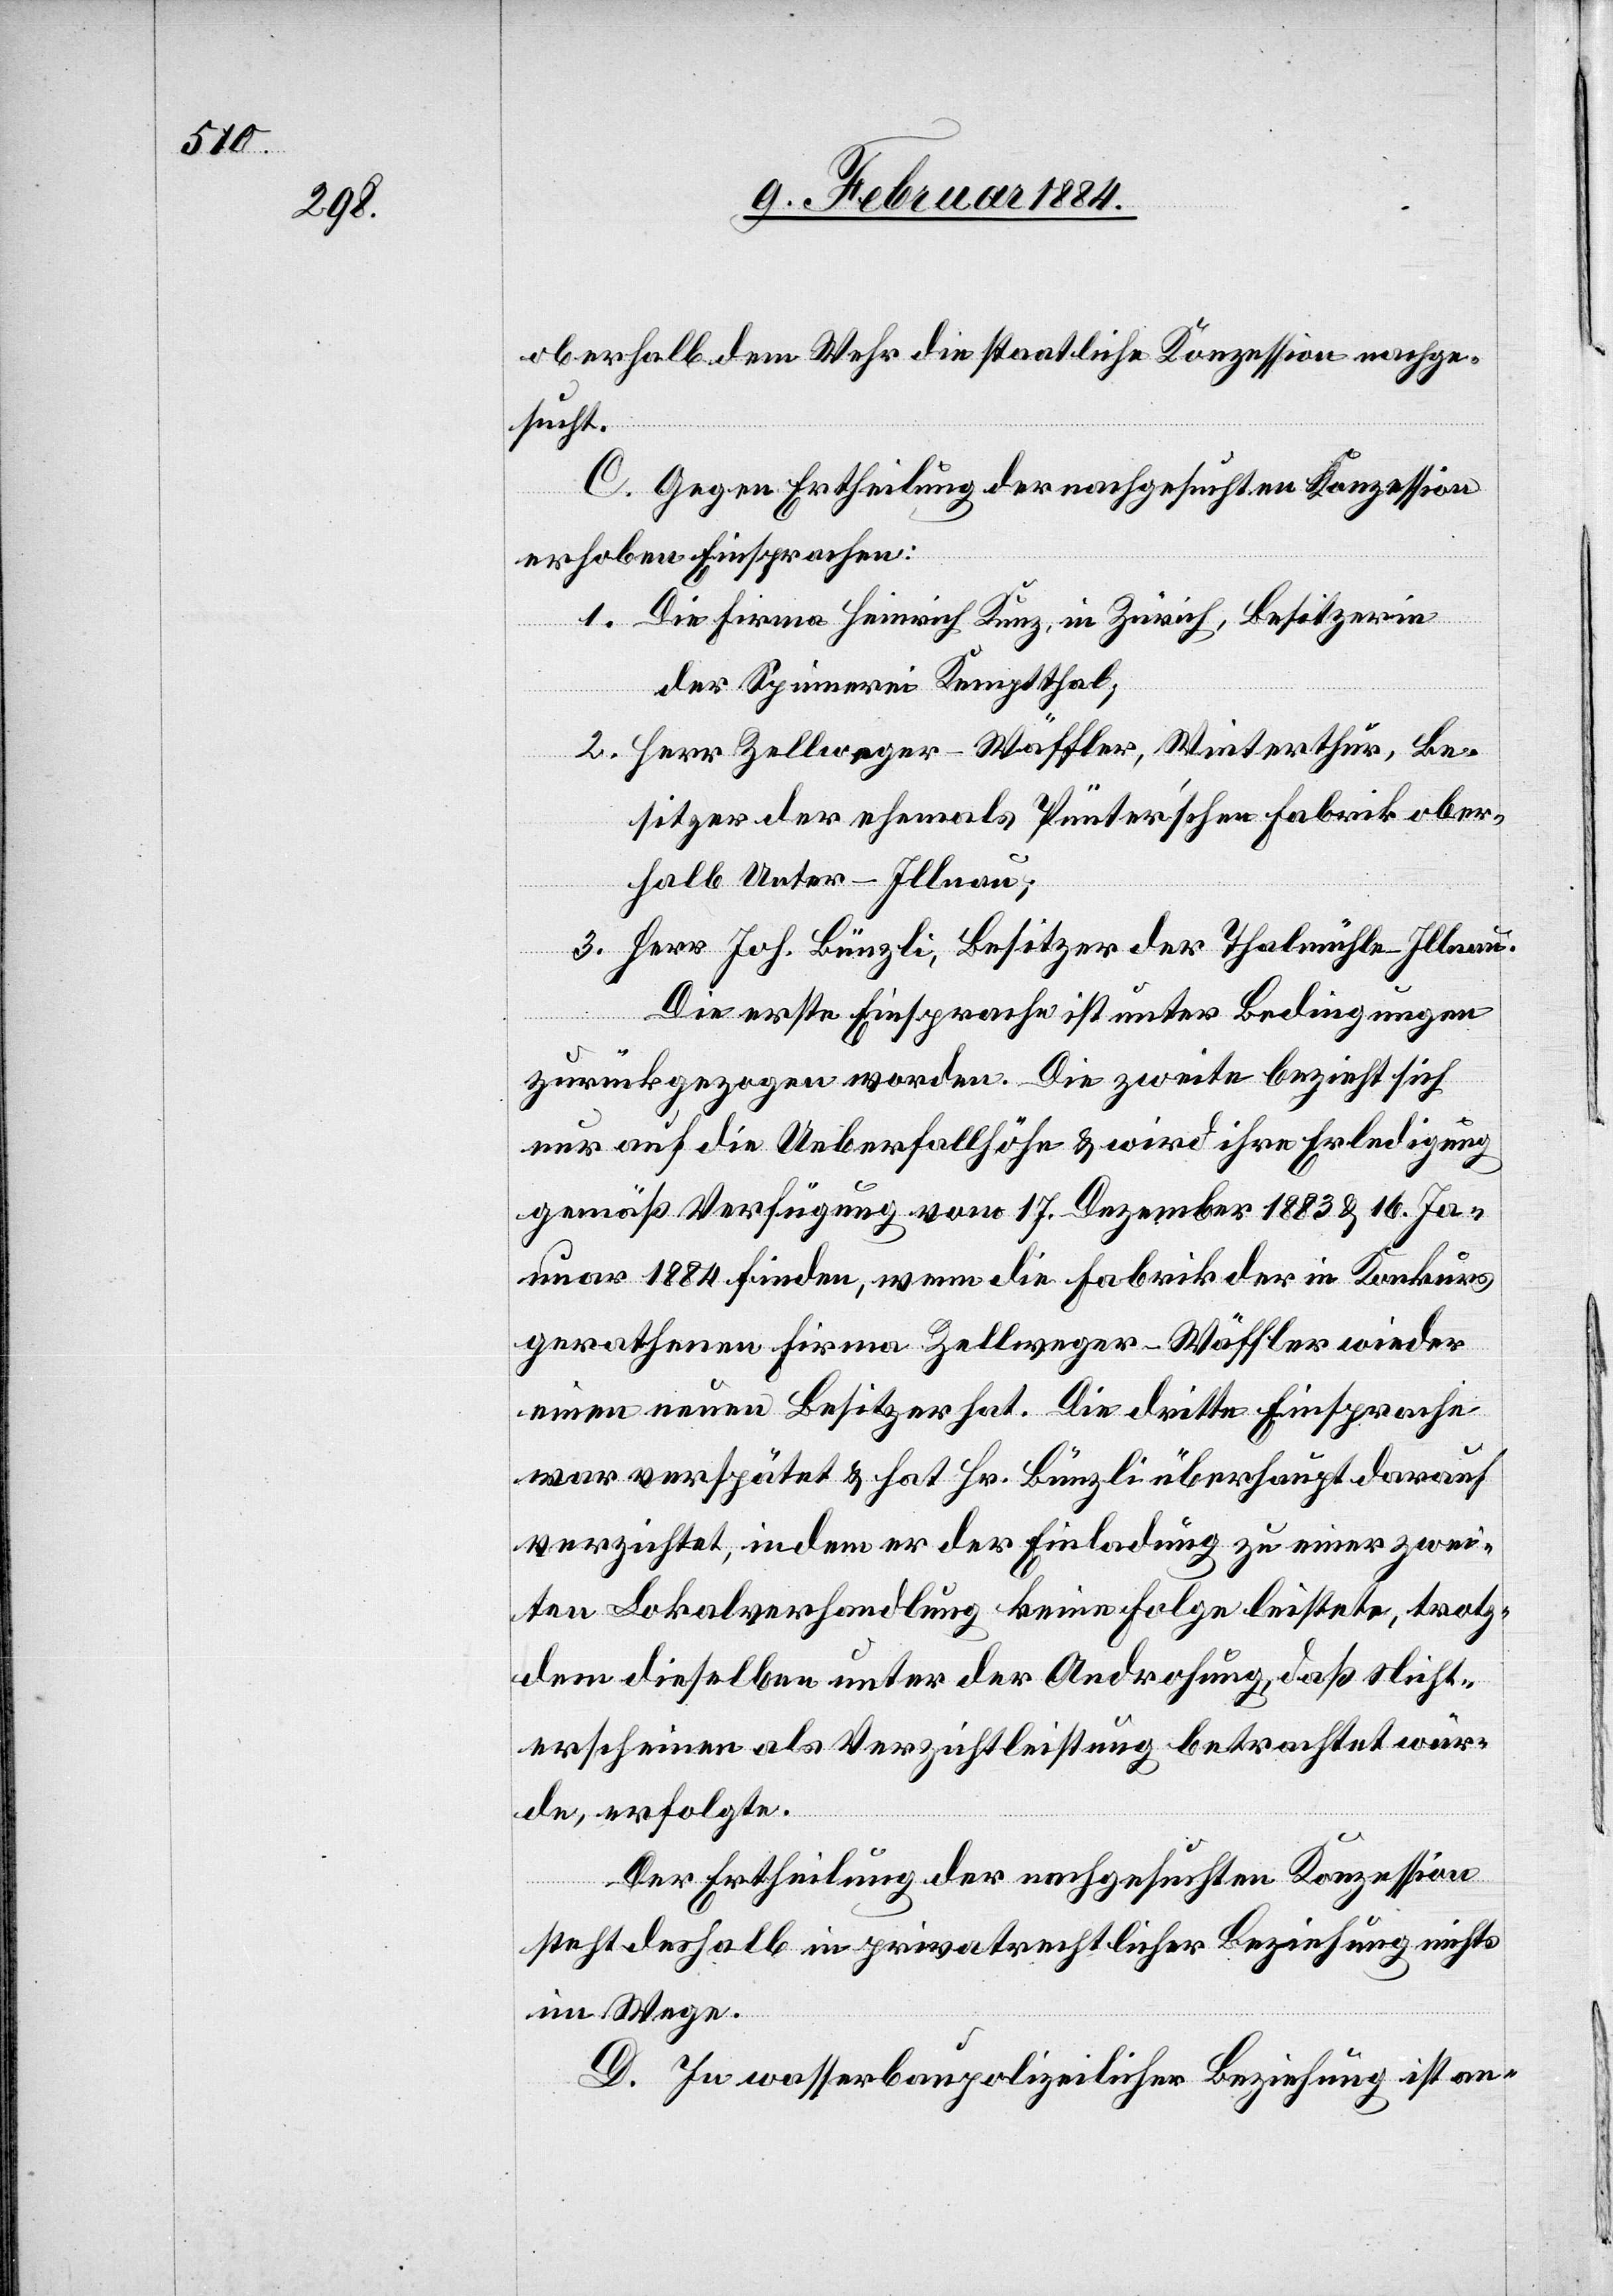
oberhalb dem Wehr die staatliche Konzession nachge¬
sucht.
C. Gegen Ertheilung der nachgesuchten Konzession
erhoben Einsprachen:
1. Die Firma Heinrich Kunz, in Zürich, Besitzerin
der Spinnerei Kemptthal.
2. Herr Zellweger-Wäffler, Winterthur, Be¬
sitzer der ehemals Pünter’schen Fabrik ober¬
halb Unter-Illnau,
3. Herr Joh. Bünzli, Besitzer der Thalmühle - Illnau.
Die erste Einsprache ist unter Bedingungen
zurückgezogen worden. Die zweite bezieht sich
nur auf die Ueberfallhöhe & wird ihre Erledigung
gemäß Verfügung vom 17. Dezember 1883 & 16. Ja¬
nuar 1884 finden, wenn die Fabrik der in Konkurs
gerathenen Firma Zellweger-Wäffler wieder
einen neuen Besitzer hat. Die dritte Einsprache
war verspätet & hat Hr. Bünzli überhaupt darauf
verzichtet, indem er der Einladung zu einer zwei¬
ten Lokalverhandlung keine Folge leistete, trotz¬
dem dieselbe unter der Androhung, daß Nicht¬
erscheinen als Verzichtleistung betrachtet wür¬
de, erfolgte.
Der Ertheilung der nachgesuchten Konzession
steht deshalb in privatrechtlicher Beziehung nichts
im Wege.
D. In wasserbaupolizeilicher Beziehung ist an-